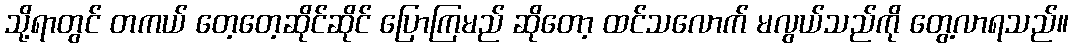
သို့ရာတွင် တကယ် တေ့တေ့ဆိုင်ဆိုင် ပြောကြမည် ဆိုတော့ ထင်သလောက် မလွယ်သည်ကို တွေ့လာရသည်။